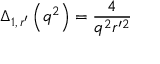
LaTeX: \Delta _ { 1 , \, r ^ { \prime } } \left( q ^ { 2 } \right) = \frac { 4 } { q ^ { 2 } r ^ { \prime 2 } }